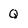
Character: Q